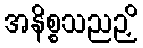
အနိစ္စသညဉှိ